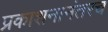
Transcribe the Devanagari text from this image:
प्रकाशनानंतरच